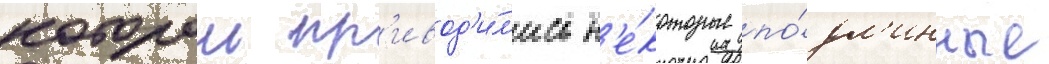
которои пр'ивод'и́л'ись н'е́которые по́дл'инные